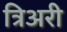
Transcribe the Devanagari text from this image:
त्रिअरी